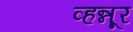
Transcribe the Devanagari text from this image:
व्हन्नूर